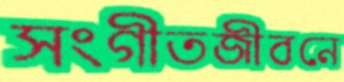
সংগীতজীবনে